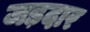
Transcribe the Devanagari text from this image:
जड़दार